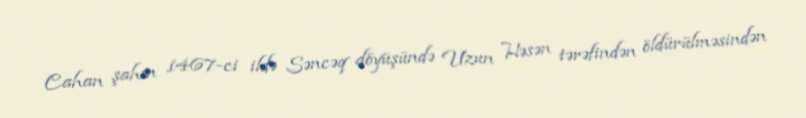
Cahan şahın 1467-ci ildə Səncəq döyüşündə Uzun Həsən tərəfindən öldürülməsindən